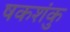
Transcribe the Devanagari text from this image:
षकशंकु